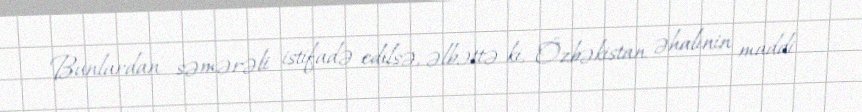
Bunlardan səmərəli istifadə edilsə, əlbəttə ki, Özbəkistan əhalinin maddi